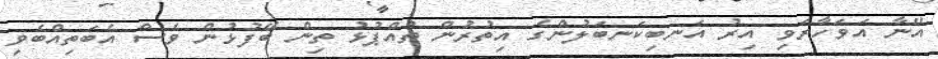
އޭނާ އަވަހާރަވި އިރު އަނބިކަނބަލުންގެ އިތުރުން ތުއްޕުޅު ތިން ބޭފުޅުން ވެސް އެބަތިއްބެވި